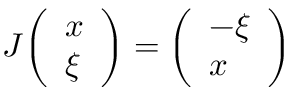
J { \left( \begin{array} { l } { x } \\ { \xi } \end{array} \right) } = { \left( \begin{array} { l } { - \xi } \\ { x } \end{array} \right) }